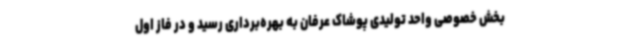
بخش خصوصی واحد تولیدی پوشاک عرفان به بهره‌برداری رسید و در فاز اول